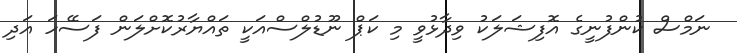
ނަމްސް ކުންފުނީގެ އޮފިޝަލަކު ވިދާޅުވީ މި ކަޕް ނޫޑުލްސްއަކީ ތައްޔާރުކޮށްލަން ފަސޭހަ އަދި